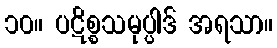
၁၀။ ပဋိစ္စသမုပ္ပါဒ် အရသာ။